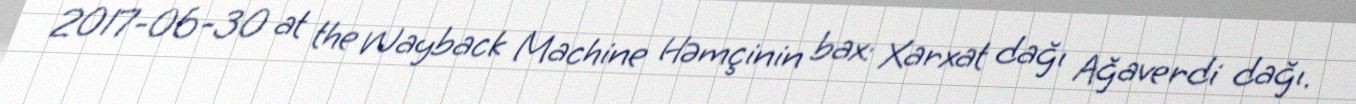
2017-06-30 at the Wayback Machine Həmçinin bax: Xarxat dağı Ağaverdi dağı.